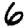
Digit: 6